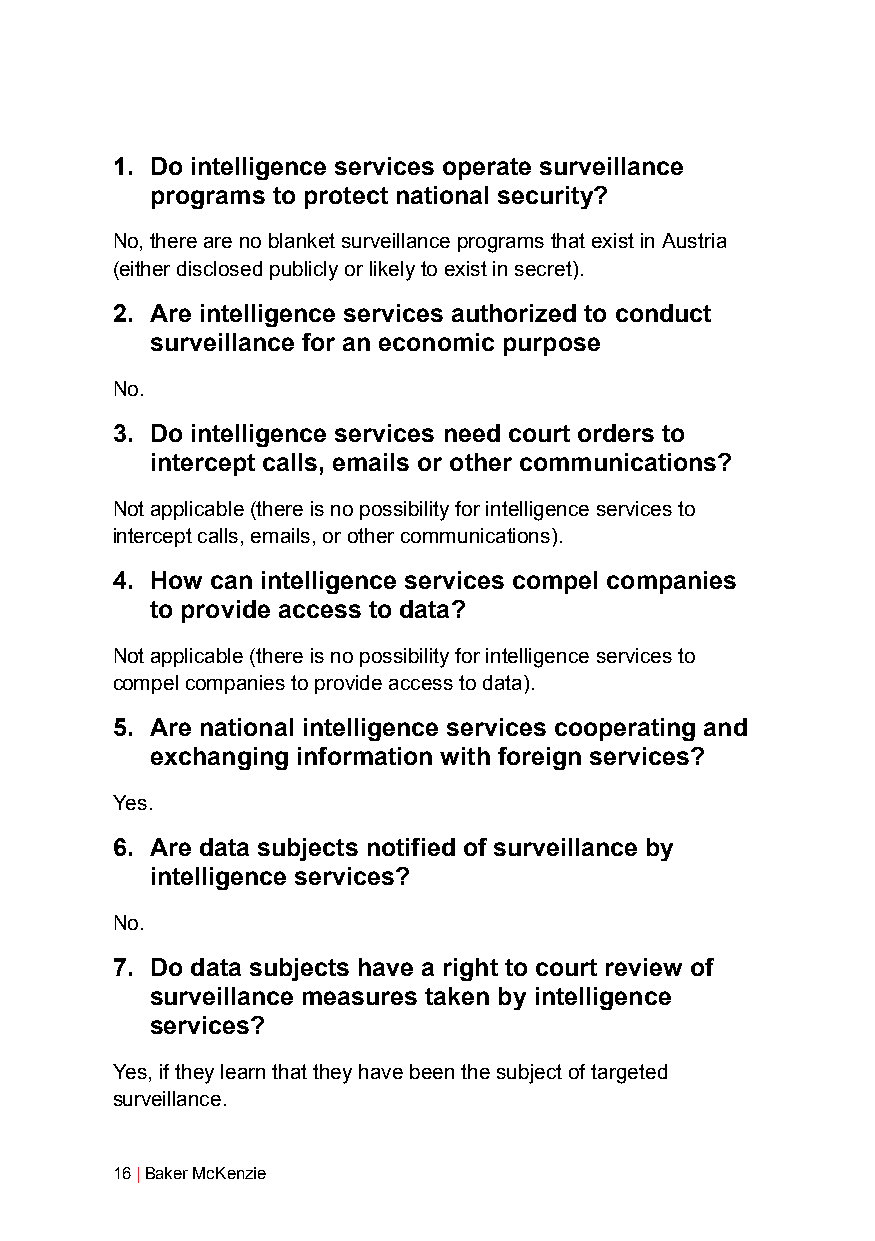
1. Do intelligence services operate surveillance
 programs to protect national security?
 No, there are no blanket surveillance programs that exist in Austria
 (either disclosed publicly or likely to exist in secret).
 2. Are intelligence services authorized to conduct
 surveillance for an economic purpose
 No.
 3. Do intelligence services need court orders to
 intercept calls, emails or other communications?
 Not applicable (there is no possibility for intelligence services to
 intercept calls, emails, or other communications).
 4. How can intelligence services compel companies
 to provide access to data?
 Not applicable (there is no possibility for intelligence services to
 compel companies to provide access to data).
 5. Are national intelligence services cooperating and
 exchanging information with foreign services?
 Yes.
 6. Are data subjects notified of surveillance by
 intelligence services?
 No.
 7. Do data subjects have a right to court review of
 surveillance measures taken by intelligence
 services?
 Yes, if they learn that they have been the subject of targeted
 surveillance.
 16 | Baker McKenzie